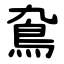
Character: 䲥